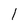
Character: l